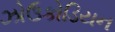
ઝોઉકોડિયન